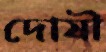
দোষী